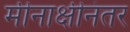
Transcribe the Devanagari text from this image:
मीनाक्षीनंतर